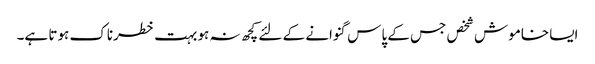
ایسا خاموش شخص جس کے پاس گنوانے کے لئے کچھ نہ ہو بہت خطرناک ہوتا ہے۔